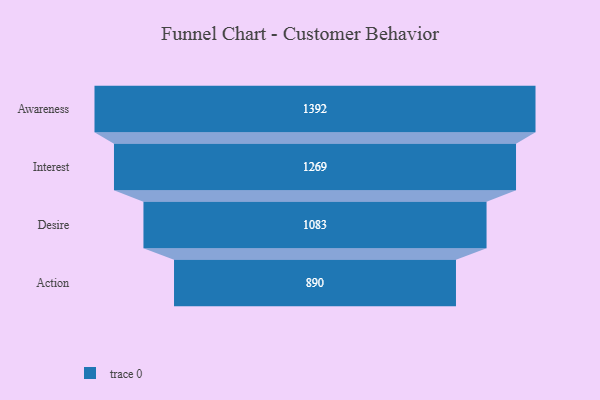
{"axis": {"x": "Stage", "y": "Value"}, "legend": [""], "data": [{"x": "Awareness", "y": 1392.0, "type": ""}, {"x": "Interest", "y": 1269.0, "type": ""}, {"x": "Desire", "y": 1083.0, "type": ""}, {"x": "Action", "y": 890.0, "type": ""}]}